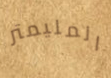
المليمتر